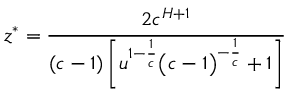
z ^ { * } = \cfrac { 2 c ^ { H + 1 } } { ( c - 1 ) \left[ u ^ { 1 - \frac { 1 } { c } } \big ( c - 1 \big ) ^ { - \frac { 1 } { c } } + 1 \right] }